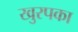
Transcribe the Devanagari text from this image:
खुरपका